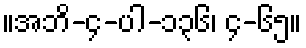
။အဘိ-၄-ပါ-၁၃၆၊ ၄-၆၅။